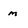
Character: m